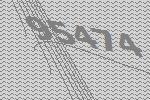
95474